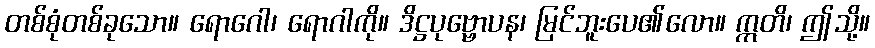
တစ်စုံတစ်ခုသော။ ရောဂေါ၊ ရောဂါကို။ ဒိဋ္ဌပုဗ္ဗောပန၊ မြင်ဘူးပေ၏လော။ ဣတိ၊ ဤသို့။